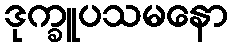
ဒုက္ခူပသမနော